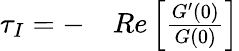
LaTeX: \begin{array}{r}{\begin{array}{rl}{\tau_{I}=-}&{{}Re\left[\frac{G^{\prime}(0)}{G(0)}\right]}\end{array}}\end{array}